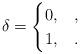
LaTeX: \begin{align*}\delta=\begin{cases}0,& ,\\1, & .\end{cases}\end{align*}